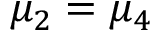
\mu _ { 2 } = \mu _ { 4 }